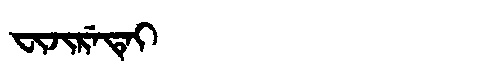
Manchu: ᠸᡳᠵᡳᡵᡝᡨᡝᡳ
Romanization: FIJIRETEI